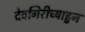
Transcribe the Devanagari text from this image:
देवगिरीच्याहुन